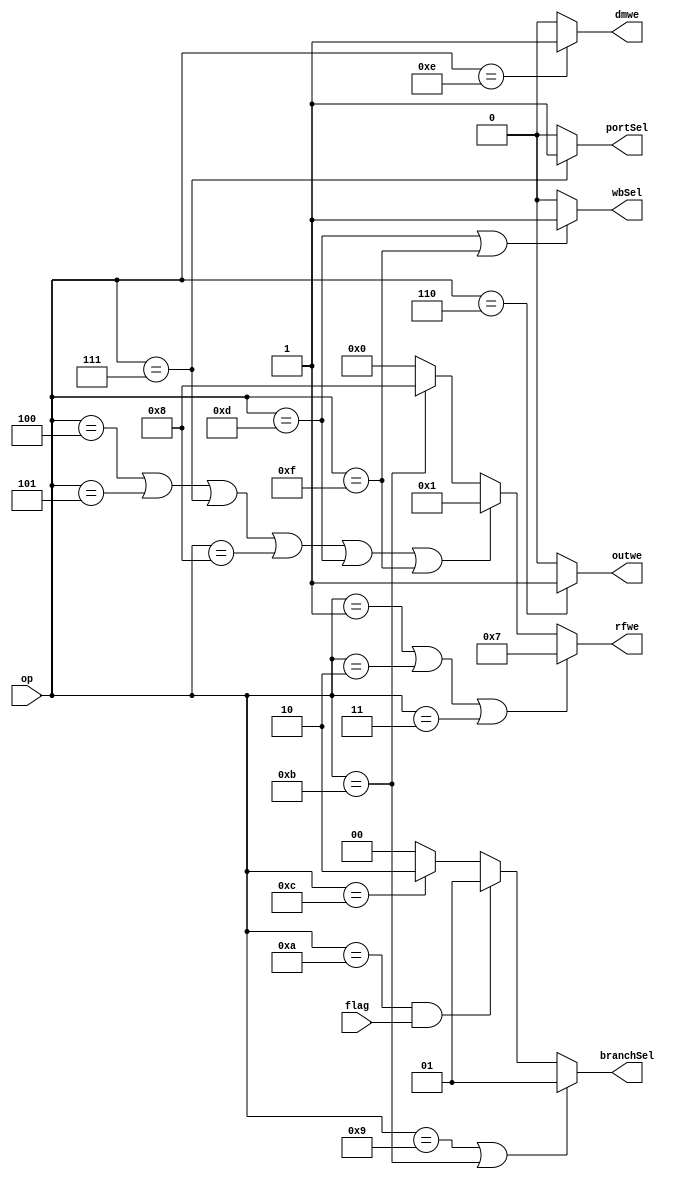
module controller(op,flag,rfwe,dmwe,outwe,branchSel,wbSel,portSel);

input [3:0]op;
input flag;

output [3:0]rfwe;
output dmwe;
output outwe;

output [1:0]branchSel;
output wbSel;
output portSel;

assign rfwe= //rfwe bits 3:LR_we 2:Nwe 1:Zwe 0:RFwe
(op==1||op==2||op==3)?4'b0111:
(op==4||op==5||op==7||op==8||op==13||op==15)?4'b0001:
(op==11)?4'b1000:
0;

assign dmwe=(op==14)?1: //only enable for store
0;

assign outwe=(op==6)?1: //only enable for out
0;

assign branchSel=(op==9||op==11)?1: //br and brsub
(op==10&&flag==1)?1: //brz and brn
(op==12)?2: //return
0; //else pc+2

assign wbSel=(op==13||op==15)?1: //load and loadimm
0;

assign portSel=(op==7)?1: //in
0;

endmodule